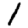
Digit: 1